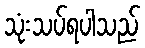
သုံးသပ်ရပါသည်